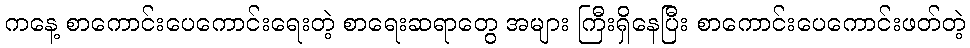
ကနေ့ စာကောင်းပေကောင်းရေးတဲ့ စာရေးဆရာတွေ အများ ကြီးရှိနေပြီး စာကောင်းပေကောင်းဖတ်တဲ့